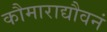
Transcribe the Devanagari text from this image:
कौमाराद्यौवनं